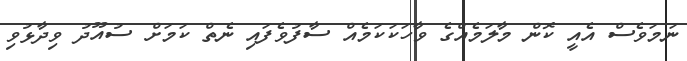
ނަމަވެސް އެއީ ކޮން މާލަމެއްގެ ވާހަކަކަމެއް ސާފުވެފައި ނެތް ކަމަށް ސުއޫދު ވިދާޅުވި